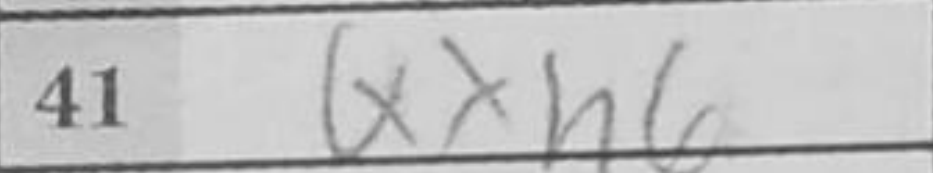
Transcription: Qxh6